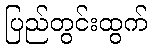
ပြည်တွင်းထွက်